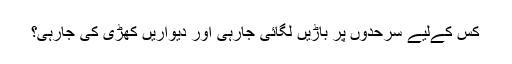
کس کےلیے سرحدوں پر باڑیں لگائی جارہی اور دیواریں کھڑی کی جارہی؟